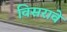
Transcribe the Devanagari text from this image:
विसरावे